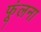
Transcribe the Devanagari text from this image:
फूंलना